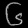
Digit: ၆